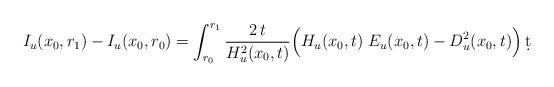
LaTeX: \begin{align*}I_u(x_0,r_1) - I_u(x_0,r_0) =\int_{r_0}^{r_1}\frac{2\,t}{H_u^2(x_0,t)} \Big(H_u(x_0,t) \; E_u(x_0,t) - D_u^2(x_0,t) \Big)\,\d t\end{align*}